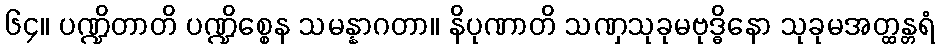
၆၄။ ပဏ္ဍိတာတိ ပဏ္ဍိစ္စေန သမန္နာဂတာ။ နိပုဏာတိ သဏှသုခုမဗုဒ္ဓိနော သုခုမအတ္ထန္တရံ